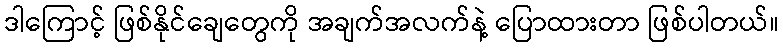
ဒါကြောင့် ဖြစ်နိုင်ချေတွေကို အချက်အလက်နဲ့ ပြောထားတာ ဖြစ်ပါတယ်။